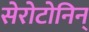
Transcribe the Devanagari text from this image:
सेरोटोनिन्